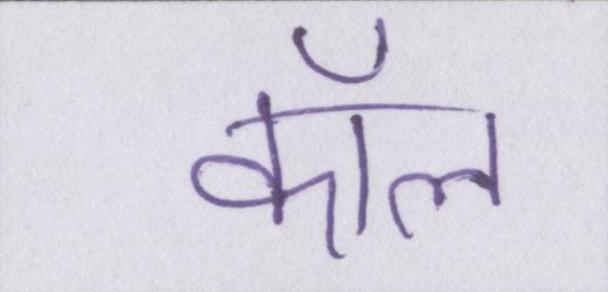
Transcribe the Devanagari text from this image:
कॉल